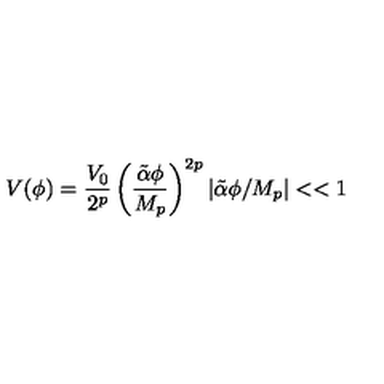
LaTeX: V ( \phi ) = { \frac { V _ { 0 } } { 2 ^ { p } } } \left( \frac { \tilde { \alpha } \phi } { M _ { p } } \right) ^ { 2 p } | \tilde { \alpha } \phi / M _ { p } | < < 1